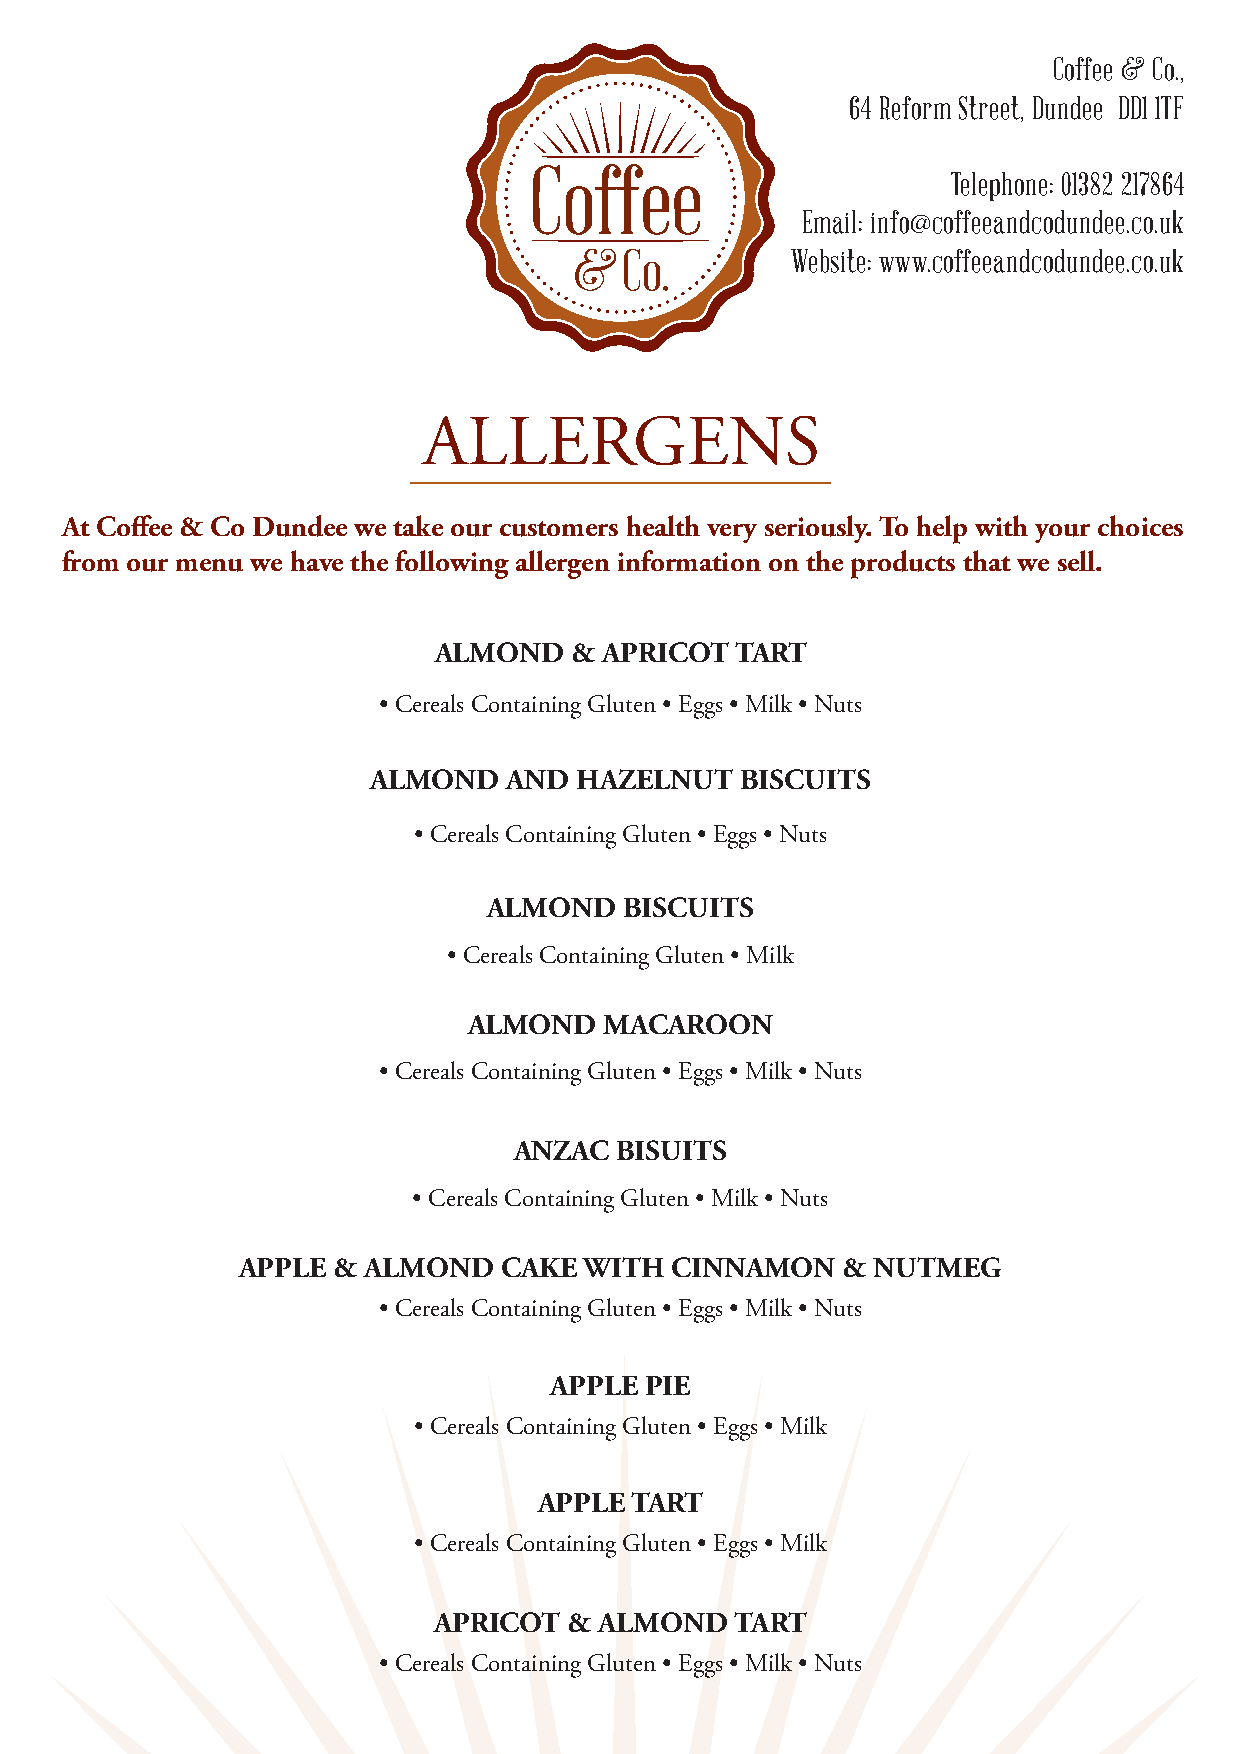
Coffee & Co.,
 64 Reform Street, Dundee DD1 1TF
 Telephone: 01382 217864
 Email: info@coffeeandcodundee.co.uk
 Website: www.coffeeandcodundee.co.uk
 ALLERGENS
 At Coffee & Co Dundee we take our customers health very seriously. To help with your choices
 from our menu we have the following allergen information on the products that we sell.
 ALMOND   & APRICOT  TART
 • Cereals Containing Gluten • Eggs • Milk • Nuts
 ALMOND   AND HAZELNUT   BISCUITS
 • Cereals Containing Gluten • Eggs • Nuts
 ALMOND   BISCUITS
 • Cereals Containing Gluten • Milk
 ALMOND   MACAROON
 • Cereals Containing Gluten • Eggs • Milk • Nuts
 ANZAC  BISUITS
 • Cereals Containing Gluten • Milk • Nuts
 APPLE & ALMOND   CAKE  WITH CINNAMON    & NUTMEG
 • Cereals Containing Gluten • Eggs • Milk • Nuts
 APPLE  PIE
 • Cereals Containing Gluten • Eggs • Milk
 APPLE TART
 • Cereals Containing Gluten • Eggs • Milk
 APRICOT  & ALMOND   TART
 • Cereals Containing Gluten • Eggs • Milk • Nuts